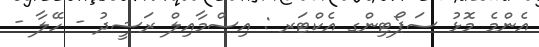
އެންމެ މޮޅު ސަޕޯޓިންގ އެކްޓަރ : އިސްމާއިލް ރަޝީދު - ހޭލާ -